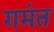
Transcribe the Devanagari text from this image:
गमंत